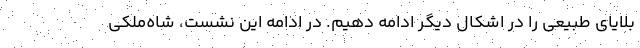
بلایای طبیعی را در اشکال دیگر ادامه دهیم. در ادامه این نشست، شاه‌ملکی